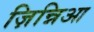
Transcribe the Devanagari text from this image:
ज़िन्निआ